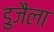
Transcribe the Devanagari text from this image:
डुजैला